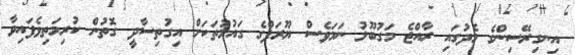
އިނގިރޭސިންގެ މެދުގައި ރާއްޖެ މަގުބޫލު ނަމަވެސް ޔޫރަޕްގެ ގައުމުތަކަށް އިގުތިސާދީ ގޮތުން ކުރިމަތިވެފައިވާ